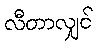
လီတာလျှင်